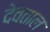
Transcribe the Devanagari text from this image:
देवताल